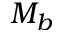
M _ { b }